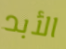
الأبد